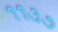
૧૧૩૭